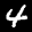
Label: 4